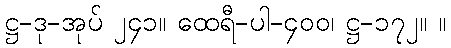
ဋ္ဌ-ဒု-အုပ် ၂၄၁။ ထေရီ-ပါ-၄၀၀၊ ဋ္ဌ-၁၇၂။ ။